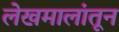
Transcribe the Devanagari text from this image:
लेखमालांतून